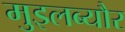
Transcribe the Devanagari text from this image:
मुइलब्यौर